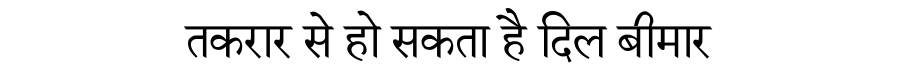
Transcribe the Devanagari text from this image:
तकरार से हो सकता है दिल बीमार